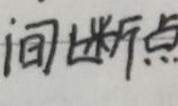
间断点